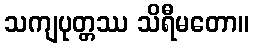
သကျပုတ္တဿ သိရီမတော။